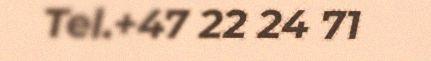
Tel.+47 22 24 71